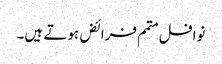
نوافل متمم فرائض ہوتے ہیں۔